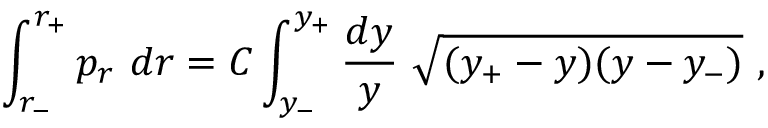
\int _ { r _ { - } } ^ { r _ { + } } p _ { r } \ d r = C \int _ { y _ { - } } ^ { y _ { + } } { \frac { d y } { y } } \ \sqrt { ( y _ { + } - y ) ( y - y _ { - } ) } \ ,